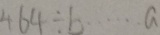
4 6 4 \div b \cdots a